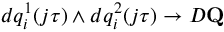
d q _ { i } ^ { 1 } ( j \tau ) \wedge d q _ { i } ^ { 2 } ( j \tau ) \to { \cal D } \mathbf { Q }